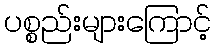
ပစ္စည်းများကြောင့်